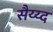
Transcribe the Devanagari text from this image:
सैय्य्द